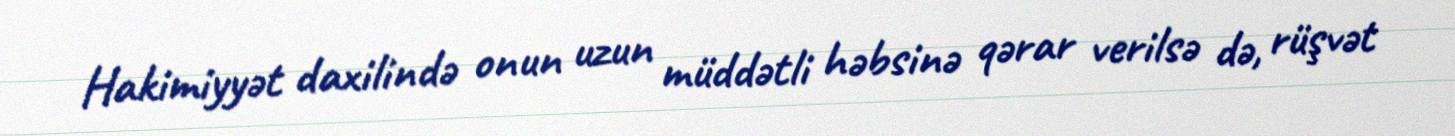
Hakimiyyət daxilində onun uzun müddətli həbsinə qərar verilsə də, rüşvət